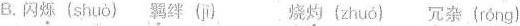
B.闪 \underset{·}{烁} ( shuǒ )羁 \underset{·}{绊} (bàn)烧 \underset{·}{灼}( zhuó ) \underset{·}{冗} 杂( róng )